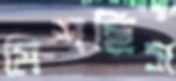
মিশছিস